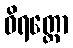
ဝိရတ္တော